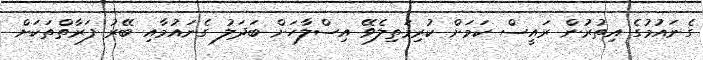
ގެނައުމުގެ އިތުރުން ރައީސް ކަމަށް ކުރިމަތިލެވޭ އިސްލާހަށް ބަދަލު ގެނައުމާއި ބޭރު ފަރާތްތަކަށް